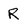
Character: r